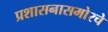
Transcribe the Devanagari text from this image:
प्रशासनासमोरचे